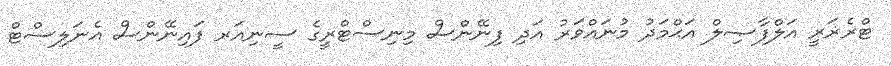
ޓްރެޜަރީ އަލްފާޞިލް އަޙްމަދު މުނައްވަރު އަދި ފިނޭންސް މިނިސްޓްރީގެ ސީނިއަރ ފައިނޭންސް އެނަލިސްޓް